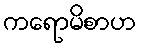
ကရောမိစာဟ